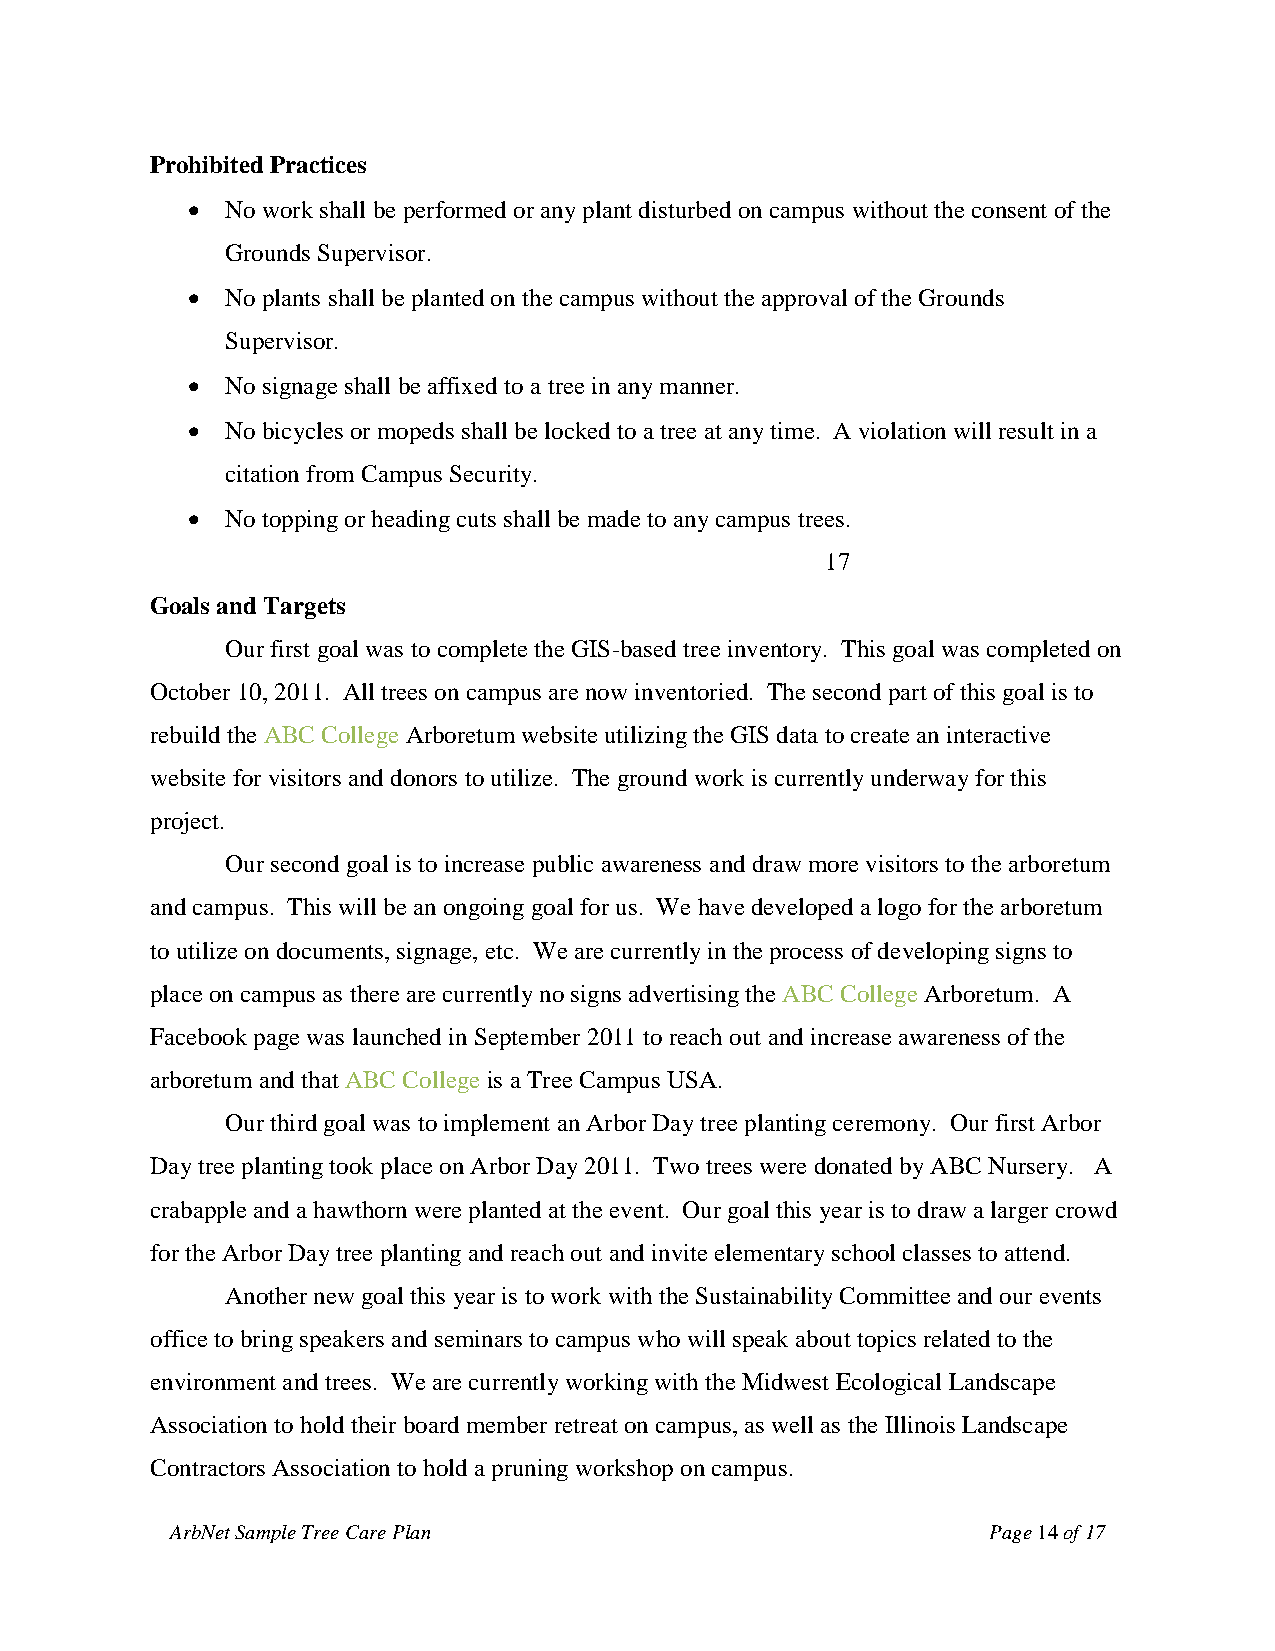
Prohibited Practices
   No work shall be performed or any plant disturbed on campus without the consent of the
 Grounds Supervisor.
   No plants shall be planted on the campus without the approval of the Grounds
 Supervisor.
   No signage shall be affixed to a tree in any manner.
   No bicycles or mopeds shall be locked to a tree at any time. A violation will result in a
 citation from Campus Security.
   No topping or heading cuts shall be made to any campus trees.
 17
 Goals and Targets
 Our first goal was to complete the GIS-based tree inventory. This goal was completed on
 October 10, 2011. All trees on campus are now inventoried. The second part of this goal is to
 rebuild the ABC College Arboretum website utilizing the GIS data to create an interactive
 website for visitors and donors to utilize. The ground work is currently underway for this
 project.
 Our second goal is to increase public awareness and draw more visitors to the arboretum
 and campus. This will be an ongoing goal for us. We have developed a logo for the arboretum
 to utilize on documents, signage, etc. We are currently in the process of developing signs to
 place on campus as there are currently no signs advertising the ABC College Arboretum. A
 Facebook page was launched in September 2011 to reach out and increase awareness of the
 arboretum and that ABC College is a Tree Campus USA.
 Our third goal was to implement an Arbor Day tree planting ceremony. Our first Arbor
 Day tree planting took place on Arbor Day 2011. Two trees were donated by ABC Nursery. A
 crabapple and a hawthorn were planted at the event. Our goal this year is to draw a larger crowd
 for the Arbor Day tree planting and reach out and invite elementary school classes to attend.
 Another new goal this year is to work with the Sustainability Committee and our events
 office to bring speakers and seminars to campus who will speak about topics related to the
 environment and trees. We are currently working with the Midwest Ecological Landscape
 Association to hold their board member retreat on campus, as well as the Illinois Landscape
 Contractors Association to hold a pruning workshop on campus.
 ArbNet Sample Tree Care Plan                          Page 14 of 17